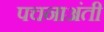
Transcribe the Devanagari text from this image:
पचनाअंती